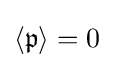
\left\langle {\mathfrak {p}}\right\rangle =0